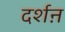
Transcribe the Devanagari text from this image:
दर्शऩ